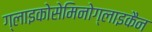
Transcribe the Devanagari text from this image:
ग्लाइकोसेमिनोग्लाइकैन